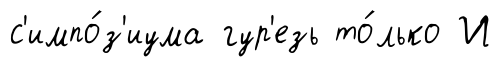
с'импо́з'иума гур'езь то́лько И